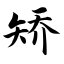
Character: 矫